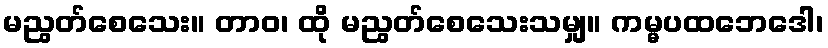
မညွတ်စေသေး။ တာဝ၊ ထို မညွတ်စေသေးသမျှ။ ကမ္မပထဘေဒေါ၊